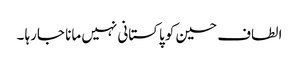
الطاف حسین کو پاکستانی نہیں مانا جارہا ۔